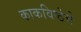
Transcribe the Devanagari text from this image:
काकविष्ठेचे